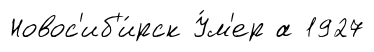
Новос'иб'и́рск У́м'ер а 1927